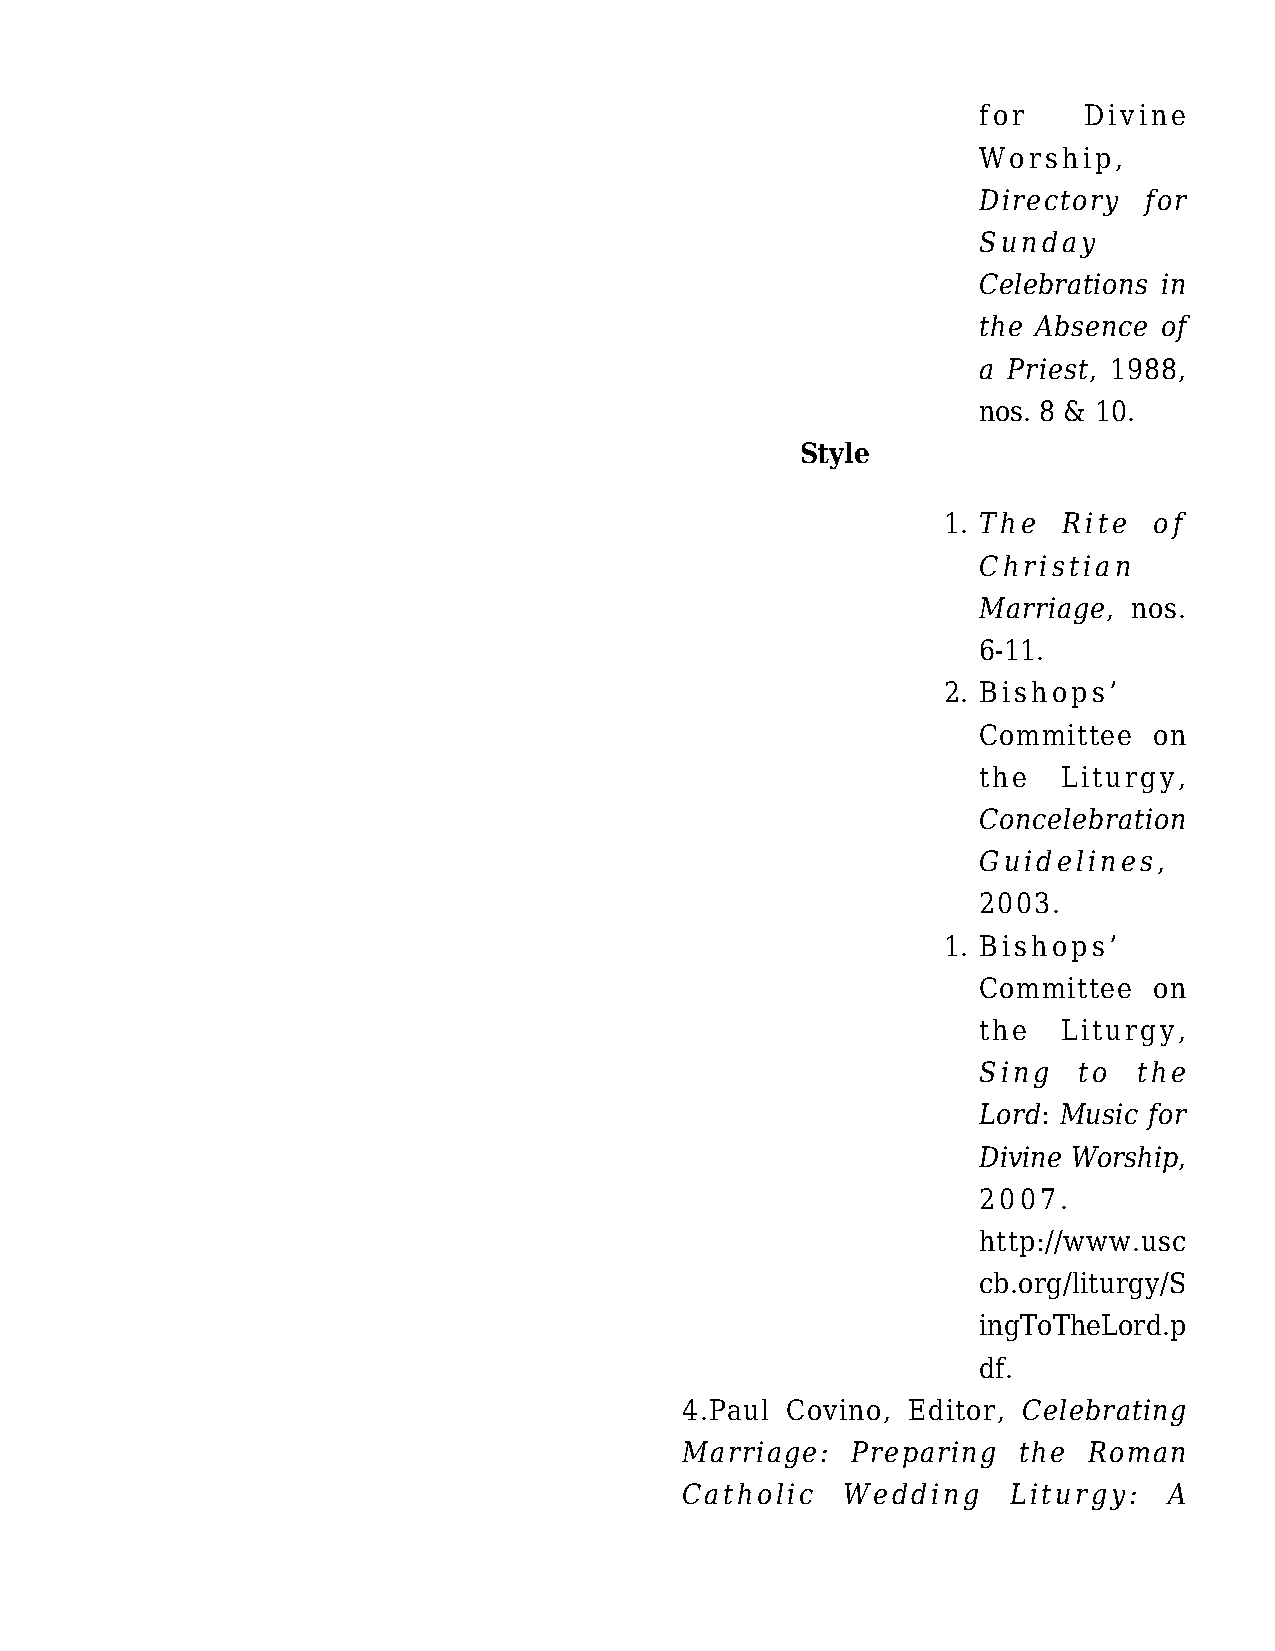
for    Divine
 Worship,
 Directory  for
 Sunday
 Celebrations in
 the Absence of
 a Priest, 1988,
 nos. 8 & 10.
 Style
 1. The  Rite  of
 Christian
 Marriage, nos.
 6-11.
 2. Bishops’
 Committee  on
 the  Liturgy,
 Concelebration
 Guidelines,
 2003.
 1. Bishops’
 Committee  on
 the  Liturgy,
 Sing  to  the
 Lord: Music for
 Divine Worship,
 2007.
 http://www.usc
 cb.org/liturgy/S
 ingToTheLord.p
 df.
 4.Paul Covino, Editor, Celebrating
 Marriage:  Preparing  the  Roman
 Catholic   Wedding    Liturgy:  A